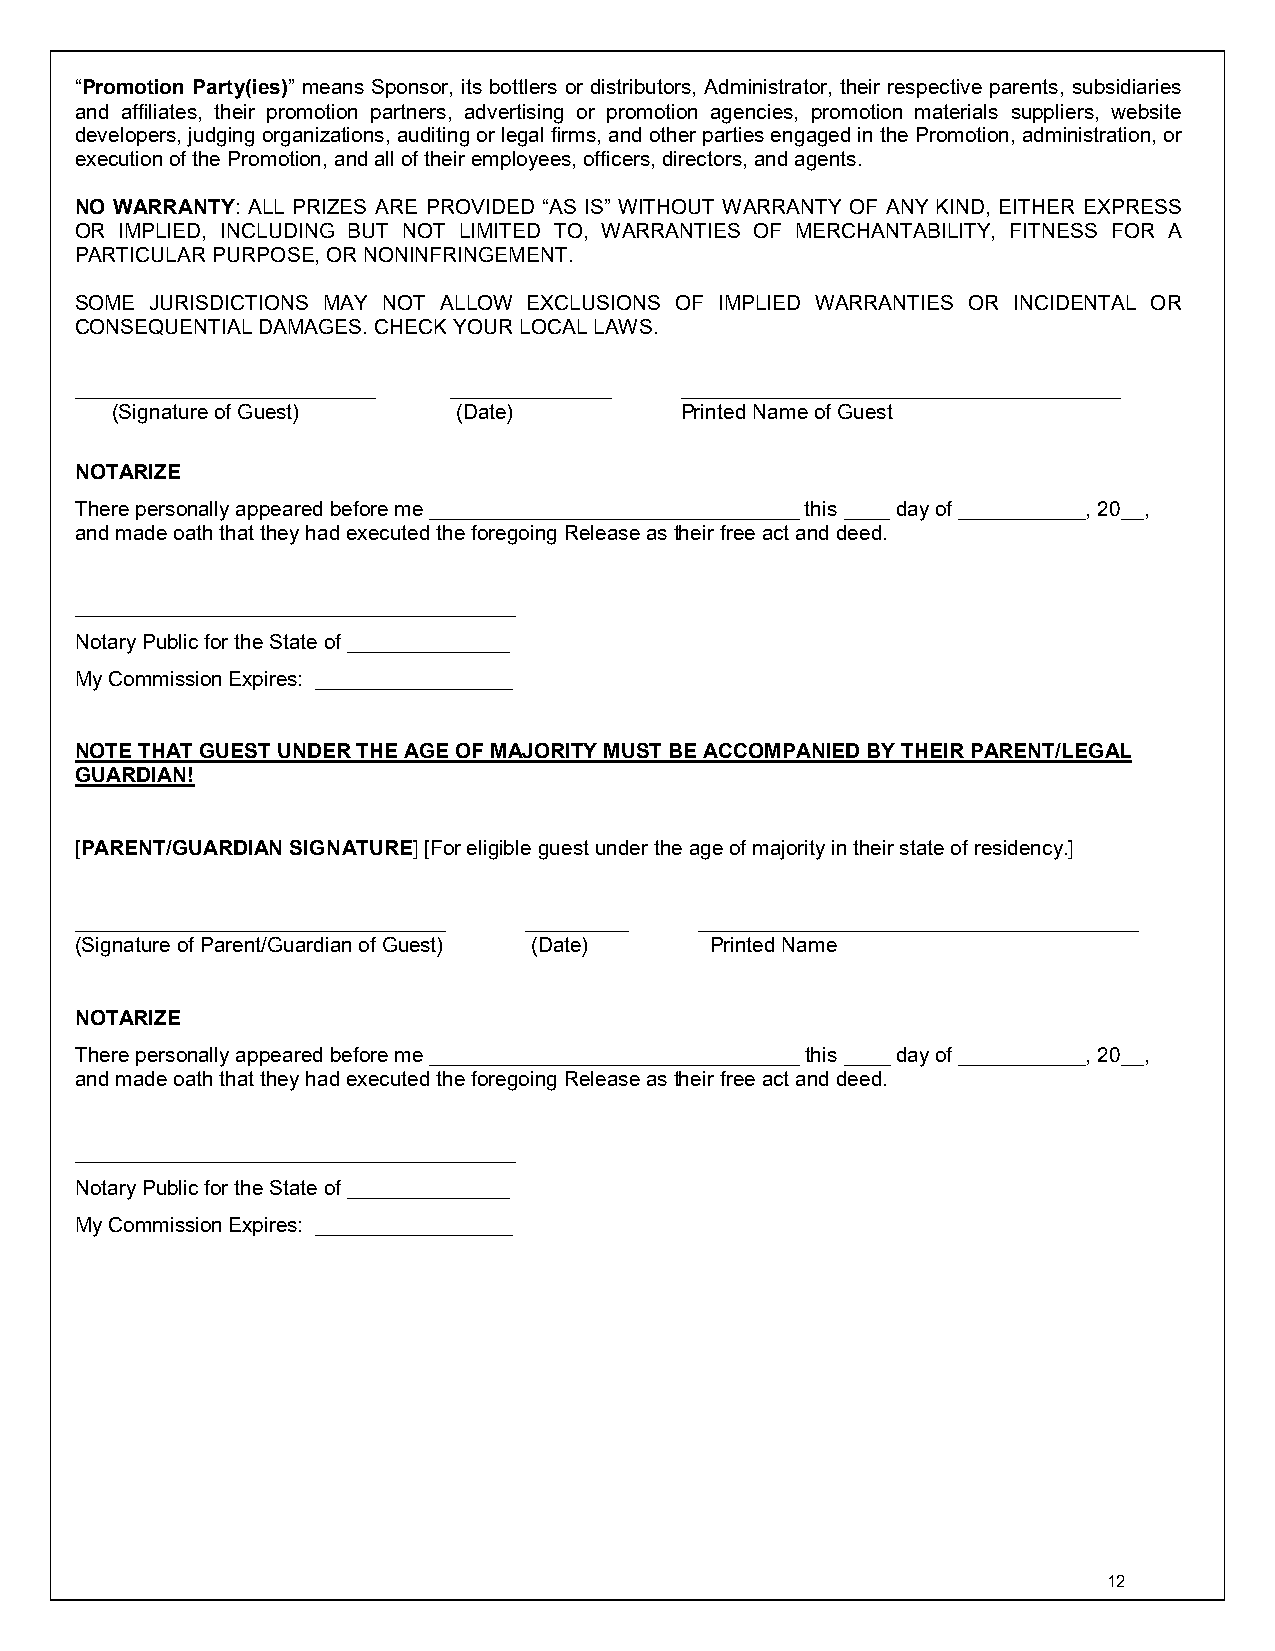
“Promotion Party(ies)” means Sponsor, its bottlers or distributors, Administrator, their respective parents, subsidiaries
 and affiliates, their promotion partners, advertising or promotion agencies, promotion materials suppliers, website
 developers, judging organizations, auditing or legal firms, and other parties engaged in the Promotion, administration, or
 execution of the Promotion, and all of their employees, officers, directors, and agents.
 NO WARRANTY: ALL PRIZES ARE PROVIDED “AS IS” WITHOUT WARRANTY OF ANY KIND, EITHER EXPRESS
 OR IMPLIED, INCLUDING BUT NOT LIMITED TO, WARRANTIES OF MERCHANTABILITY, FITNESS FOR A
 PARTICULAR PURPOSE, OR NONINFRINGEMENT.
 SOME JURISDICTIONS MAY NOT ALLOW EXCLUSIONS OF IMPLIED WARRANTIES OR INCIDENTAL OR
 CONSEQUENTIAL DAMAGES. CHECK YOUR LOCAL LAWS.
 __________________________ ______________ ______________________________________
 (Signature of Guest)   (Date)         Printed Name of Guest
 NOTARIZE
 There personally appeared before me ________________________________ this ____ day of ___________, 20__,
 and made oath that they had executed the foregoing Release as their free act and deed.
 ______________________________________
 Notary Public for the State of ______________
 My Commission Expires: _________________
 NOTE THAT GUEST UNDER THE AGE OF MAJORITY MUST BE ACCOMPANIED BY THEIR PARENT/LEGAL
 GUARDIAN!
 [PARENT/GUARDIAN SIGNATURE] [For eligible guest under the age of majority in their state of residency.]
 ________________________________ _________ ______________________________________
 (Signature of Parent/Guardian of Guest) (Date) Printed Name
 NOTARIZE
 There personally appeared before me ________________________________ this ____ day of ___________, 20__,
 and made oath that they had executed the foregoing Release as their free act and deed.
 ______________________________________
 Notary Public for the State of ______________
 My Commission Expires: _________________
 12